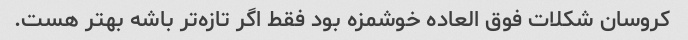
کروسان شکلات فوق العاده خوشمزه بود فقط اگر تازه‌تر باشه بهتر هست.